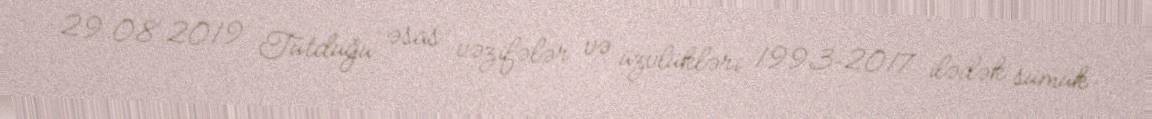
29.08.2019 Tutduğu əsas vəzifələr və üzvlükləri 1993–2017 ilədək sümük